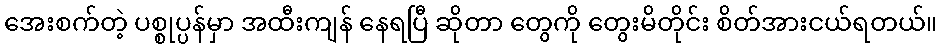
အေးစက်တဲ့ ပစ္စုပ္ပန်မှာ အထီးကျန် နေရပြီ ဆိုတာ တွေကို တွေးမိတိုင်း စိတ်အားငယ်ရတယ်။